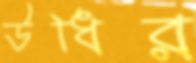
উধির